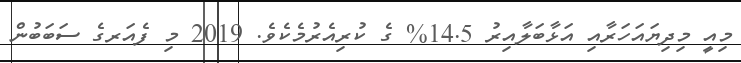
މިއީ މިދިޔައަހަރާއި އަޅާބަލާއިރު 14.5% ގެ ކުރިއެރުމެކެވެ. 2019 މި ފެއަރގެ ސަބަބުން